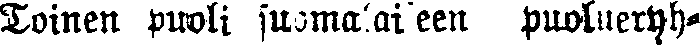
Toinen puoli suomalaiseen puolueryh-